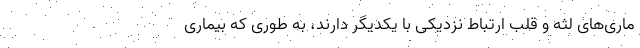
ماری‌های لثه و قلب ارتباط نزدیکی با یکدیگر دارند، به طوری که بیماری